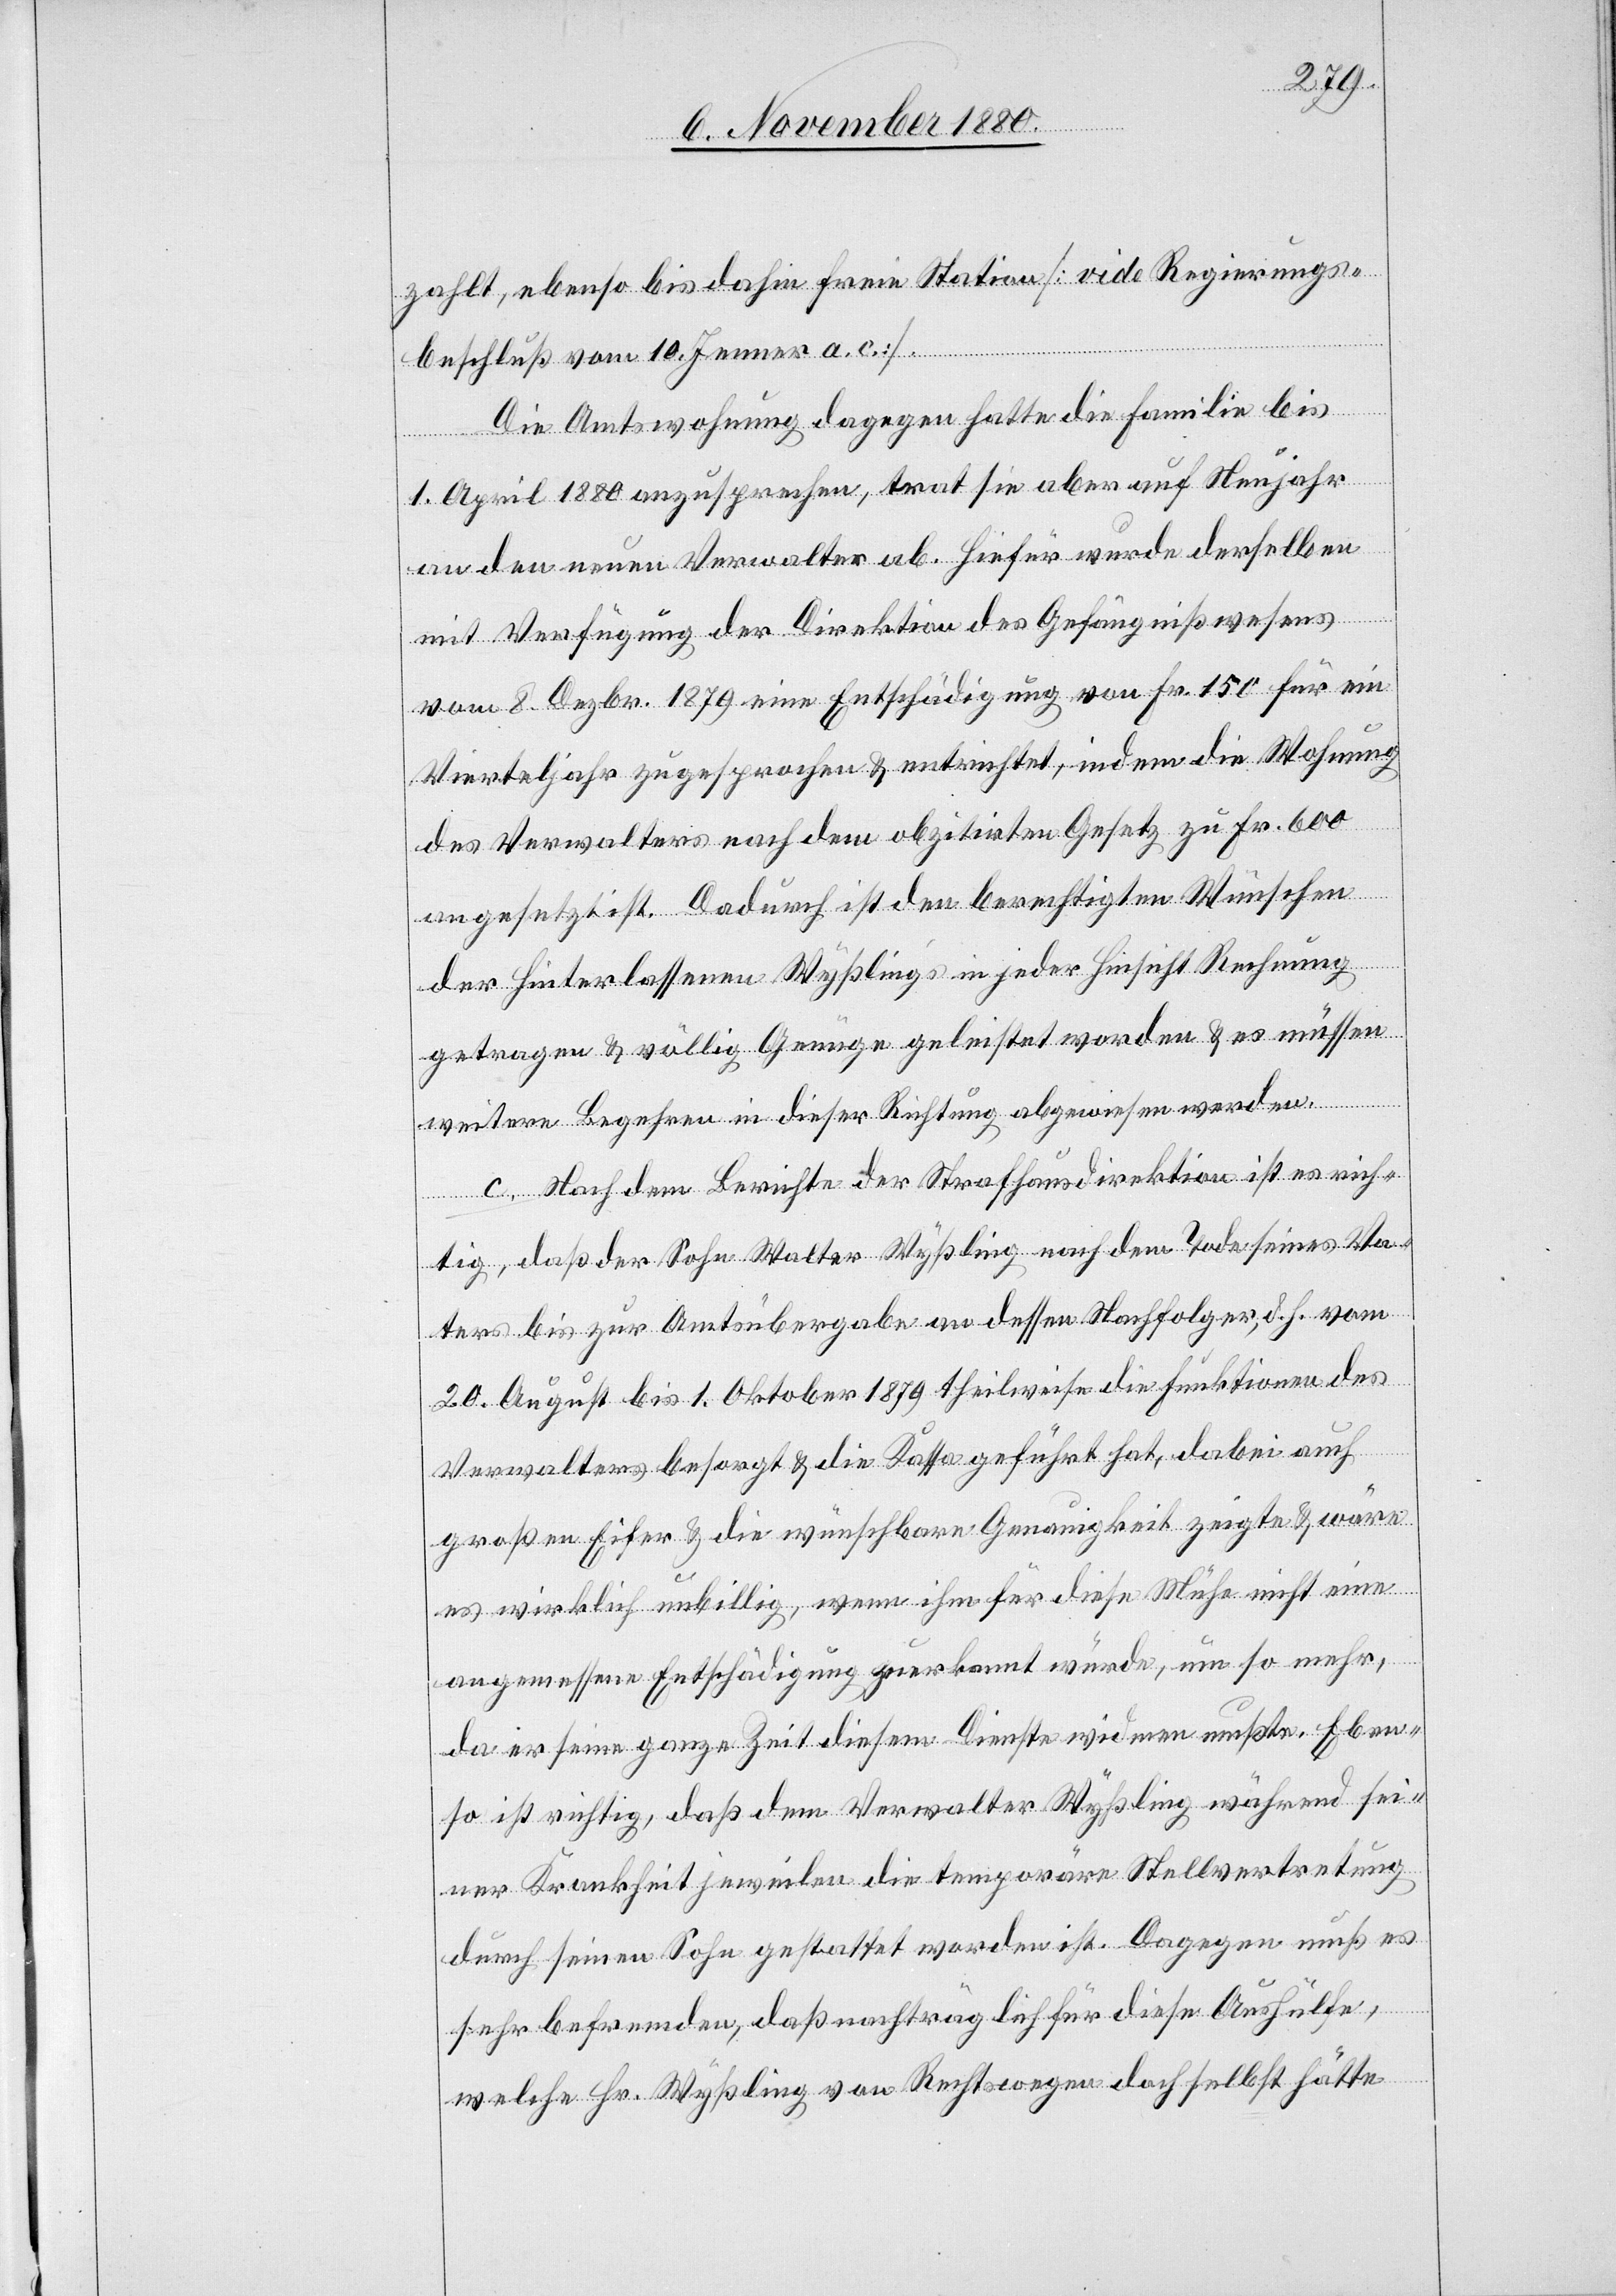
zahlt, ebenso bis dahin freie Station [vide Regierungs¬
beschluß vom 10. Jenner a. c.]
Die Amtswohnung dagegen hatte die Familie bis
1. April 1880 anzusprechen, trat sie aber auf Neujahr
an den neuen Verwalter ab. Hiefür wurde derselben
mit Verfügung der Direktion des Gefängnißwesens
vom 8. Dezbr. 1879 eine Entschädigung von Fr. 150 für ein
Vierteljahr zugesprochen & entrichtet, indem die Wohnung
des Verwalters nach dem obzitirten Gesetz zu Fr. 600
angesetzt ist. Dadurch ist den berechtigten Wünschen
der Hinterlassenen Wyßling’s in jeder Hinsicht Rechnung
getragen & völlig Genüge geleistet worden & es müssen
weitere Begehren in dieser Richtung abgewiesen werden.
c. Nach dem Berichte der Strafhausdirektion ist es rich¬
tig, daß der Sohn Walter Wyßling nach dem Tode seines Va¬
ters bis zur Amtsübergabe an dessen Nachfolger, d. h. vom
20. August bis 1. Oktober 1879 theilweise die Funktion des
Verwalters besorgt & die Kassa geführt hat, dabei auch
großen Eifer & die wünschbare Genauigkeit zeigte & wäre
es wirklich unbillig, wenn ihm für diese Mühe nicht eine
angemessene Entschädigung zuerkannt würde, um so mehr
da er seine ganze Zeit diesem Dienste widmen mußte. Eben¬
so ist richtig, daß dem Verwalter Wyßling während sei¬
ner Krankheit jeweilen die temporäre Stellvertretung
durch seinen Sohn gestattet worden ist. Dagegen muß es
sehr befremden, daß nachträglich für diese Aushülfe,
welche Hr. Wyßling von Rechtswegen doch selbst hätte